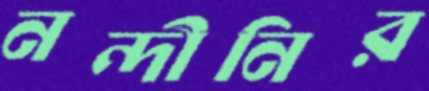
নন্দীনির